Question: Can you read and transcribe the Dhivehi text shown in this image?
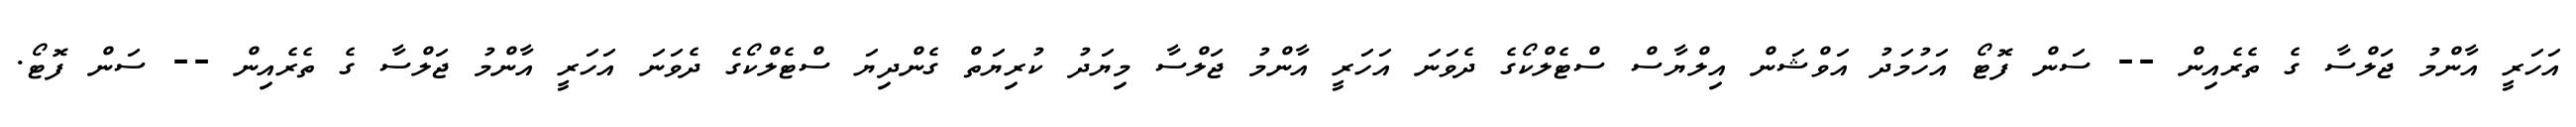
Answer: އަހަރީ އާންމު ޖަލްސާ ގެ ތެރެއިން -- ސަން ފޮޓޯ އަހުމަދު އަވްޝަން އިލްޔާސް ސްޓެލްކޯގެ ދެވަނަ އަހަރީ އާންމު ޖަލްސާ މިޔަދު ކުރިޔަތް ގެންދިޔަ ސްޓެލްކޯގެ ދެވަނަ އަހަރީ އާންމު ޖަލްސާ ގެ ތެރެއިން -- ސަން ފޮޓޯ.